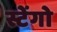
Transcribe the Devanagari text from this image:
स्टेंगो